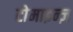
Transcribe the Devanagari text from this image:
टोमाइन्ज़